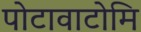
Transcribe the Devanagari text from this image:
पोटावाटोमि